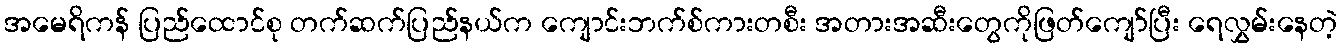
အမေရိကန် ပြည်ထောင်စု တက်ဆက်ပြည်နယ်က ကျောင်းဘက်စ်ကားတစီး အတားအဆီးတွေကိုဖြတ်ကျော်ပြီး ရေလွှမ်းနေတဲ့